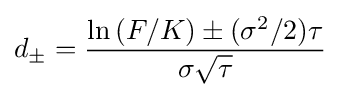
d_{\pm }={\frac {\ln \left(F/K\right)\pm (\sigma ^{2}/2)\tau }{\sigma {\sqrt {\tau }}}}